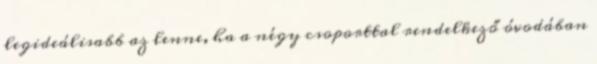
legideálisabb az lenne, ha a négy csoporttal rendelkező óvodában